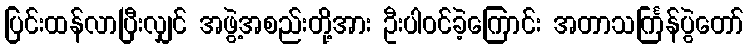
ပြင်းထန်လာပြီးလျှင် အဖွဲ့အစည်းတို့အား ဦးပါဝင်ခဲ့ကြောင်း အတာသင်္ကြန်ပွဲတော်